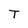
Character: T